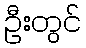
ဦးတွင်